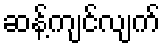
ဆန့်ကျင်လျက်